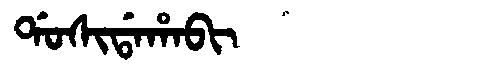
Manchu: ᡩᠣᠰᡳᡩᠠᡥᠠᠪᡳ
Romanization: DOSIDAHABI